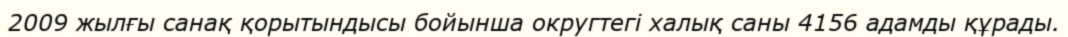
2009 жылғы санақ қорытындысы бойынша округтегі халық саны 4156 адамды құрады.